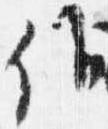
候